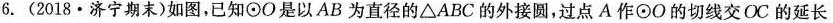
6.(2018·济宁期末)如图，已知\odotO是以AB为直径的△ABC的外接圆，过点A作\odotO的切线交OC的延长